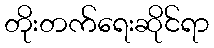
တိုးတက်ရေးဆိုင်ရာ